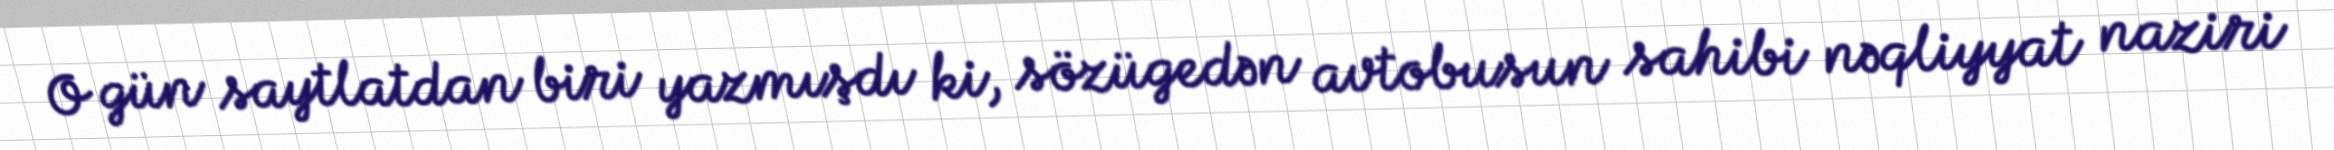
O gün saytlatdan biri yazmışdı ki, sözügedən avtobusun sahibi nəqliyyat naziri